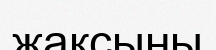
жақсыны